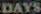
DAYS